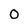
Character: 0